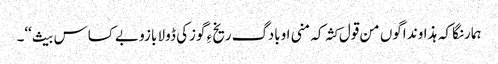
ہمارنگا کہ ہذاوند اگوں من قول کثہ کہ منی اوبادگ ریخ ءِ گوزکی ڈولا بازو بے کساس بیث‘‘۔